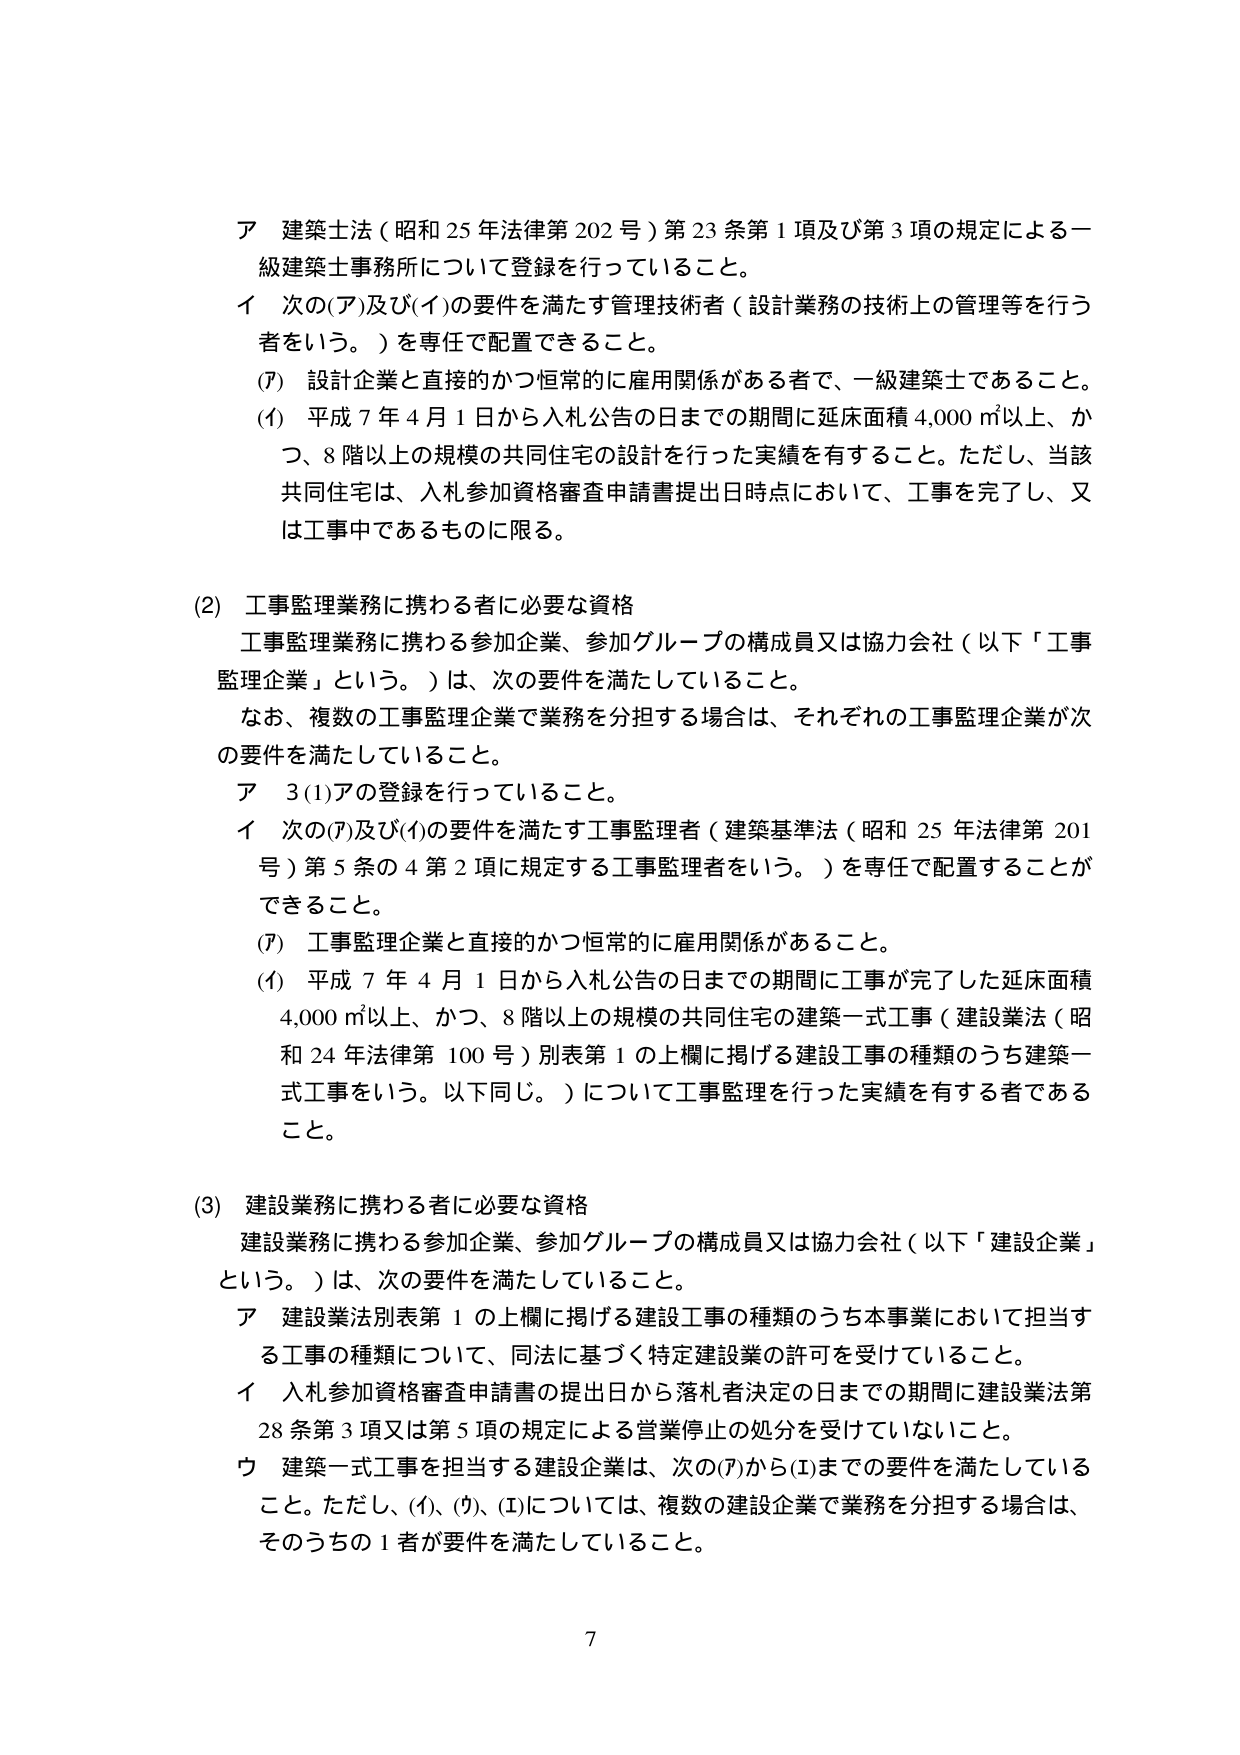
ア 建築士法（昭和25年法律第202号）第23条第1項及び第3項の規定による一級建築士事務所について登録を行っていること。

イ 次の(ア)及び(イ)の要件を満たす管理技術者（設計業務の技術上の管理等を行う者をいう。）を専任で配置できること。

(ｱ) 設計企業と直接的かつ恒常的に雇用関係がある者で、一級建築士であること。

(ｲ) 平成7年4月1日から入札公告の日までの期間に延床面積4,000㎡以上、かつ、8階以上の規模の共同住宅の設計を行った実績を有すること。ただし、当該共同住宅は、入札参加資格審査申請書提出日時点において、工事を完了し、又は工事中であるものに限る。

(2) 工事監理業務に携わる者に必要な資格

工事監理業務に携わる参加企業、参加グループの構成員又は協力会社（以下「工事監理企業」という。）は、次の要件を満たしていること。

なお、複数の工事監理企業で業務を分担する場合は、それぞれの工事監理企業が次の要件を満たしていること。

ア 3(1)アの登録を行っていること。

イ 次の(ｱ)及び(ｲ)の要件を満たす工事監理者（建築基準法（昭和25年法律第201号）第5条の4第2項に規定する工事監理者をいう。）を専任で配置することができる。

(ｱ) 工事監理企業と直接的かつ恒常的に雇用関係があること。

(ｲ) 平成7年4月1日から入札公告の日までの期間に工事が完了した延床面積4,000㎡以上、かつ、8階以上の規模の共同住宅の建築一式工事（建設業法（昭和24年法律第100号）別表第1の上欄に掲げる建設工事の種類のうち建築一式工事をいう。以下同じ。）について工事監理を行った実績を有する者であること。

(3) 建設業務に携わる者に必要な資格

建設業務に携わる参加企業、参加グループの構成員又は協力会社（以下「建設企業」という。）は、次の要件を満たしていること。

ア 建設業法別表第1の上欄に掲げる建設工事の種類のうち本事業において担当する工事の種類について、同法に基づく特定建設業の許可を受けていること。

イ 入札参加資格審査申請書の提出日から落札者決定の日までの期間に建設業法第28条第3項又は第5項の規定による営業停止の処分を受けていないこと。

ウ 建築一式工事を担当する建設企業は、次の(ｱ)から(ｴ)までの要件を満たしていること。ただし、(ｲ)、(ｳ)、(ｴ)については、複数の建設企業で業務を分担する場合は、そのうちの1者が要件を満たしていること。

7